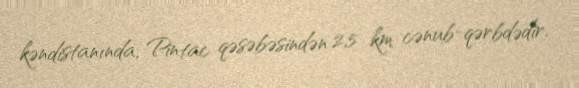
kəndistanında, Pintac qəsəbəsindən 2,5 km cənub-qərbdədir.